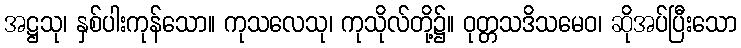
အဋ္ဌသု၊ နှစ်ပါးကုန်သော။ ကုသလေသု၊ ကုသိုလ်တို့၌။ ဝုတ္တသဒိသမေဝ၊ ဆိုအပ်ပြီးသော